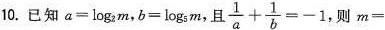
10. 已知$$a = l o g _ { 2 } m$$，$$b = l o g _ { 5 } m$$，且 $$\frac { 1 } { a } + \frac { 1 } { b } = - 1$$ 则$$m =